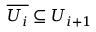
{ \overline { { U _ { i } } } } \subseteq U _ { i + 1 }